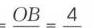
$=\frac{OB}{}=\frac{4}{}$